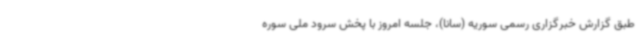
طبق گزارش خبرگزاری رسمی سوریه (سانا)، جلسه امروز با پخش سرود ملی سوره